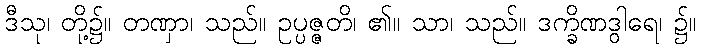
ဒီသု၊ တို့၌။ တဏှာ၊ သည်။ ဥပ္ပဇ္ဇတိ၊ ၏။ သာ၊ သည်။ ဒက္ခိဏဒွါရေ၊ ၌။